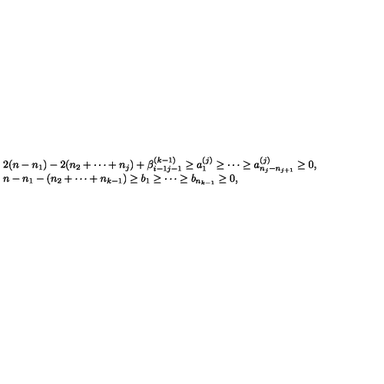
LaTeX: \begin{array} { l } { 2 ( n - n _ { 1 } ) - 2 ( n _ { 2 } + \cdots + n _ { j } ) + \beta _ { i - 1 j - 1 } ^ { ( k - 1 ) } \geq a _ { 1 } ^ { ( j ) } \geq \cdots \geq a _ { n _ { j } - n _ { j + 1 } } ^ { ( j ) } \geq 0 , } \\ { n - n _ { 1 } - ( n _ { 2 } + \cdots + n _ { k - 1 } ) \geq b _ { 1 } \geq \cdots \geq b _ { n _ { k - 1 } } \geq 0 , } \\ \end{array}